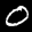
Label: 0